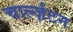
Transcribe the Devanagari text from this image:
चार्ल्ज़टन